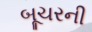
બૂચરની